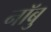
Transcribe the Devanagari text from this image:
नॉबु